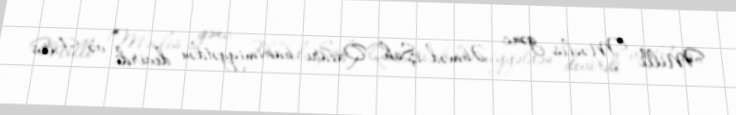
Milli Məclis gənc Əhməd Şah Qacarı hakimiyyətdən devirdi və Fars